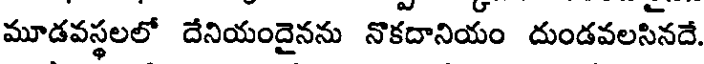
మూడవస్థలలో దేనియందైనను నొకదానియం దుండవలసినదే.